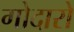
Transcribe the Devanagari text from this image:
गोदारो